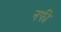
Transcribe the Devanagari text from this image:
नफी